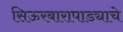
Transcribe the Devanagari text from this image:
सिऊरबारापाड्याचे